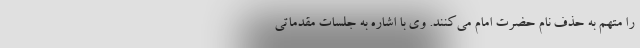
را متهم به حذف نام حضرت امام می‌کنند. وی با اشاره به جلسات مقدماتی